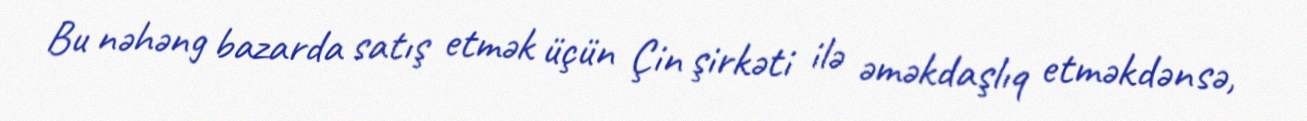
Bu nəhəng bazarda satış etmək üçün Çin şirkəti ilə əməkdaşlıq etməkdənsə,